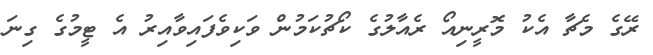
ރޭގެ މެޗާ އެކު މޮރީނިއޯ ރެއާލުގެ ކޯޗުކަމުން ވަކިވެފައިވާއިރު އެ ޓީމުގެ ގިނަ